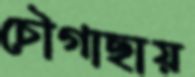
চৌগাছায়